Cholera in southern India
Disease focus: Cholera
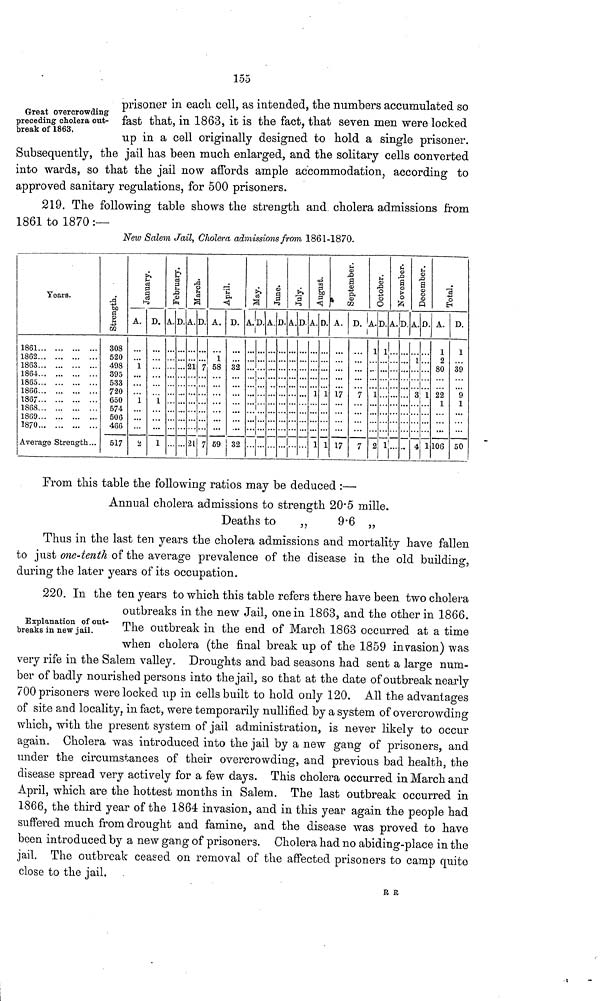
155
Great overcrowding
preceding cholera out-
break of 1863.
prisoner in each cell, as intended, the numbers accumulated so
fast that, in 1863, it is the fact, that seven men were locked
up in a cell originally designed to hold a single prisoner.
Subsequently, the jail has been much enlarged, and the solitary cells converted
into wards, so that the jail now affords ample accommodation, according to
approved sanitary regulations, for 500 prisoners.
219. The following table shows the strength and. cholera admissions from
1861 to 1870 :—
New Salem Jail, Cholera admissions from 1861-1870.
Years.
1861
1862
1863
1864
1865
1866
1867
1868
1869
1870
Average Strength...
Strength.
308
520
498
395
533
720
650
574
506
466
517
January.
A.
1
1
D.
1
1
February.
A.D.
March.
A.
21
21
D.
7
7
April.
A.
1
58
59
D.
32
32
May.
A.
D.
June.
A.D.
July.
A.D.
August.
A.
1
1
D.
1
1
September.
A.
17
17
D.
7
7
October.
A.
1
1
2
D.
1
1
November.
A.D.
December.
A.
1
3
4
D.
1
1
Total.
A.
1
2
80
22
1
106
D.
1
39
9
1
50
From this table the following ratios may be deduced :—
Annual cholera admissions to strength 20.5 mille.
Deaths to
,,
9.6 ,,
Thus in the last ten years the cholera admissions and mortality have fallen
to just one-tenth of the average prevalence of the disease in the old building,
during the later years of its occupation.
Explanation of out-
breaks in new jail.
220. In the ten years to which this table refers there have been two cholera
outbreaks m the new Jail, one in 1863, and the other in 1866.
The outbreak in the end of March 1863 occurred at a time
when cholera (the final break up of the 1859 invasion) was
very rife in the Salem valley. Droughts and bad seasons had sent a large num-
ber of badly nourished persons into the jail, so that at the date of outbreak nearly
700 prisoners were locked up in cells built to hold only 120. All the advantages
of site and locality, in fact, were temporarily nullified by a system of overcrowding
which, with the present system of jail administration, is never likely to occur
again. Cholera was introduced into the jail by a new gang of prisoners, and
under the circumstances of their overcrowding, and previous bad health, the
disease spread very actively for a few days. This cholera occurred in March and
April, which are the hottest months in Salem. The last outbreak occurred in
1866, the third year of the 1864 invasion, and in this year again the people had
suffered much from drought and famine, and the disease was proved to have
been introduced by a new gang of prisoners. Cholera had no abiding-place in the
jail. The outbreak ceased on removal of the affected prisoners to camp quite
close to the jail.
R R